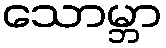
သောမ္ဘာ